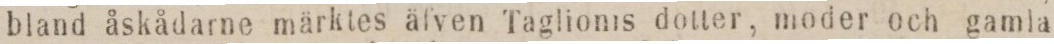
bland åskådarne märktes äfven Taglioms dotter, moder och gamla